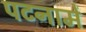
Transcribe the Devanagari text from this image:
पटनामें